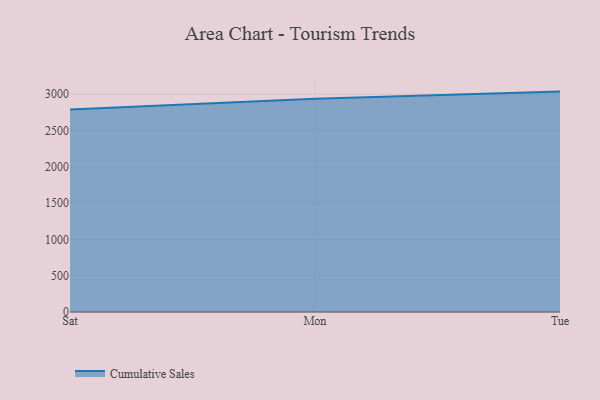
{"axis": {"x": "Day", "y": "Net Income (USD K)"}, "legend": ["Cumulative Sales"], "data": [{"x": "Sat", "y": 2788.2, "type": "Cumulative Sales"}, {"x": "Mon", "y": 2935.2, "type": "Cumulative Sales"}, {"x": "Tue", "y": 3033.3, "type": "Cumulative Sales"}]}